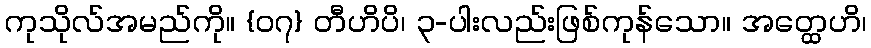
ကုသိုလ်အမည်ကို။ {၀၇} တီဟိပိ၊ ၃-ပါးလည်းဖြစ်ကုန်သော။ အတ္ထေဟိ၊